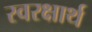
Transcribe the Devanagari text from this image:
स्वरक्षार्थ